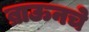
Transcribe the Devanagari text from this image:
ब्राऊनचेेे